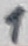
Text: 1